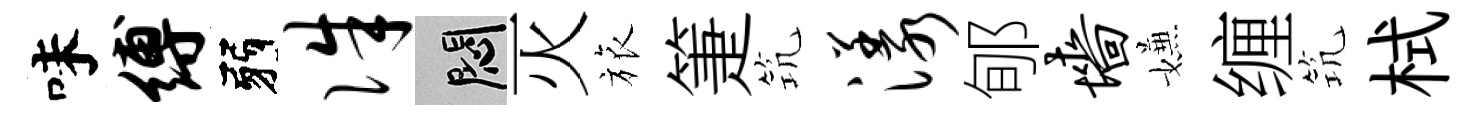
味缚弱侏悶灭旅箑𥬑漾郇墙嫌缠𥬑栻